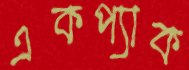
একপ্যাক